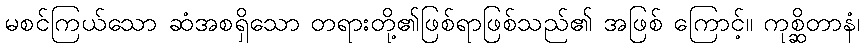
မစင်ကြယ်သော ဆံအစရှိသော တရားတို့၏ဖြစ်ရာဖြစ်သည်၏ အဖြစ် ကြောင့်။ ကုစ္ဆိတာနံ၊